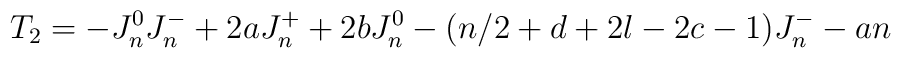
T_2 = -J^0_n J^-_n + 2a J^+_n + 2b J^0_n - (n/2+d+2l-2c-1) J^-_n - an